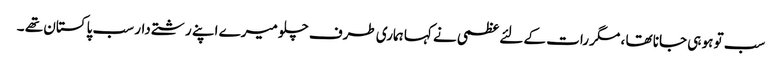
سب تو ہو ہی جانا تھا ، مگر رات کے لئے عظمی نے کہا ہماری طرف چلو میرے اپنے رشتے دار سب پاکستان تھے ۔